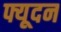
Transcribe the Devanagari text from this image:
फ्यूदन